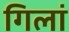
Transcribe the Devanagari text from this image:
गिलां